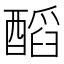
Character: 𨢝